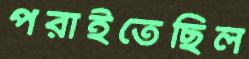
পরাইতেছিল